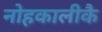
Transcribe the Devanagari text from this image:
नोहकालीकै